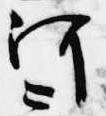
河